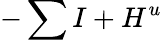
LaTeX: -\sum I+H^{u}